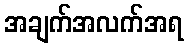
အချက်အလက်အရ